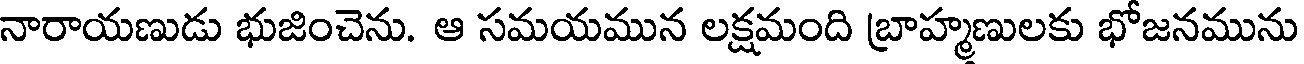
నారాయణుడు భుజించెను. ఆ సమయమున లక్షమంది బ్రాహ్మణులకు భోజనమును